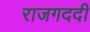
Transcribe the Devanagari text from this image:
राजगददी